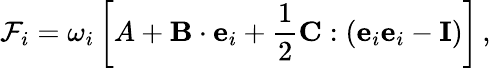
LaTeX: \mathcal{F}_{i}=\omega_{i}\left[A+\mathbf{B}\cdot\mathbf{e}_{i}+\frac{1}{2}\mathbf{C}:(\mathbf{e}_{i}\mathbf{e}_{i}-\mathbf{I})\right]\, ,